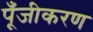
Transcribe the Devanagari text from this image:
पूँजीकरण